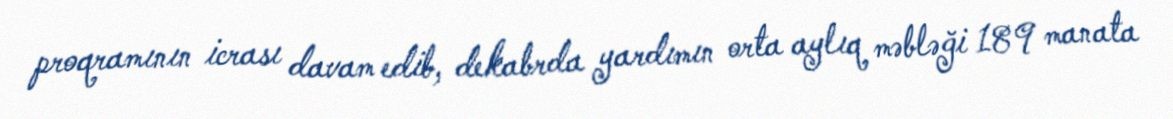
proqramının icrası davam edib, dekabrda yardımın orta aylıq məbləği 189 manata